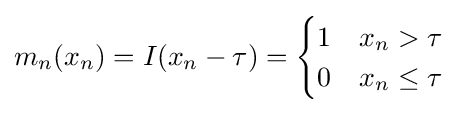
m_{n}(x_{n})=I(x_{n}-\tau )={\begin{cases}1&x_{n}>\tau \\0&x_{n}\leq \tau \end{cases}}